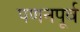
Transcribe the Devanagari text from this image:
पणनपूर्व